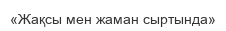
«Жақсы мен жаман сыртында»